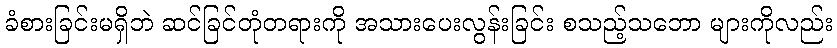
ခံစားခြင်းမရှိဘဲ ဆင်ခြင်တုံတရားကို အသားပေးလွန်းခြင်း စသည့်သဘော များကိုလည်း